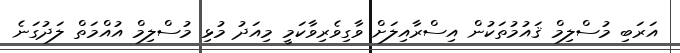
އަރަބި މުސްލިމް ޤައުމުތަކުން އިސްރާއިލަށް ވާގިވެރިވާކަމީ މިއަދު މުޅި މުސްލިމް އުއްމަތް ލަދުގަނެ